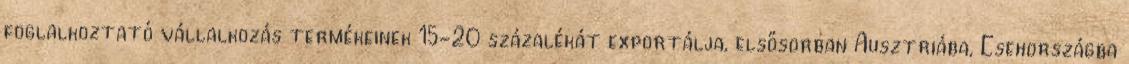
foglalkoztató vállalkozás termékeinek 15-20 százalékát exportálja, elsősorban Ausztriába, Csehországba